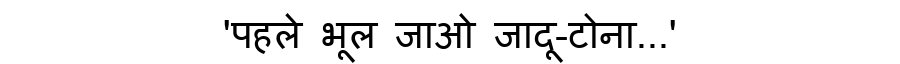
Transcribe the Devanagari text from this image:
'पहले भूल जाओ जादू-टोना...'